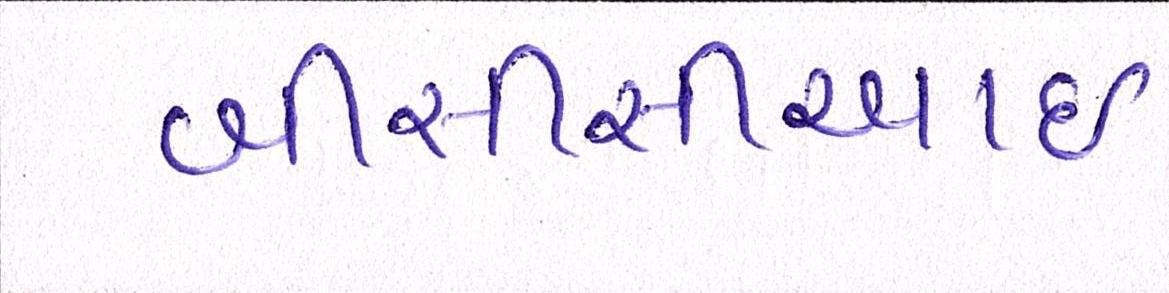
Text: બીસીસીઆઇ